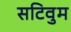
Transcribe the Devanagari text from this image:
सटिवुम